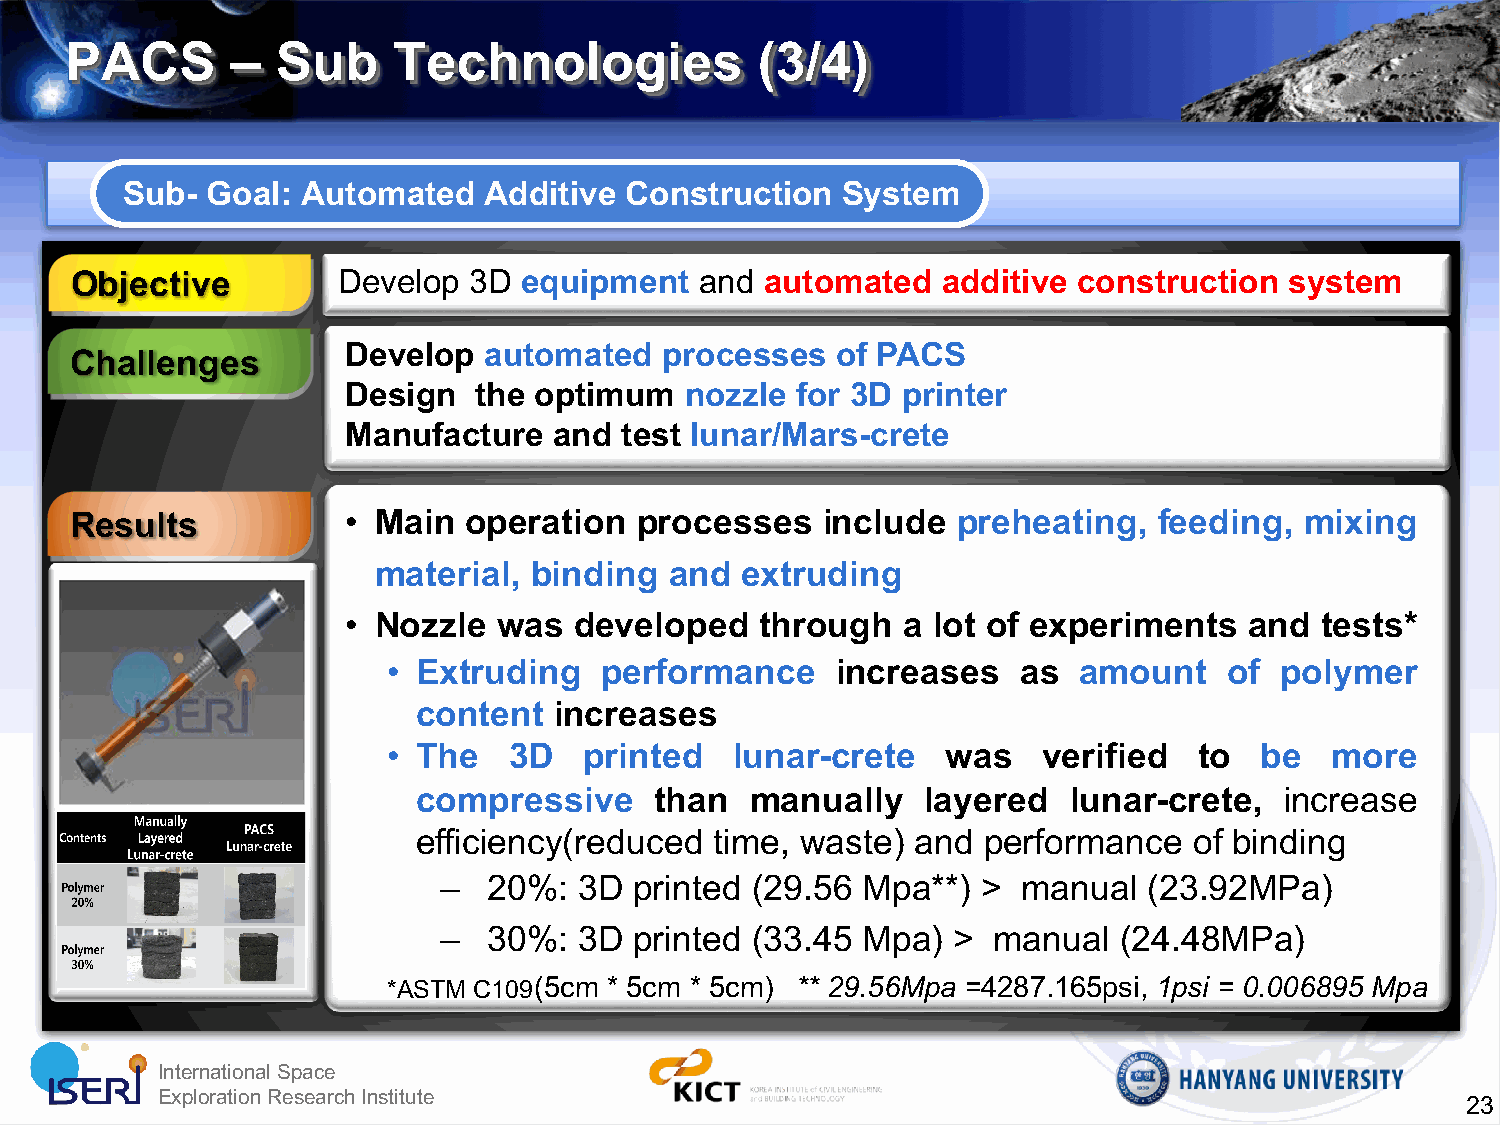
PACS       –  Sub     Technologies            (3/4)
 Sub-  Goal: Automated   Additive Construction   System
 Objective        Develop  3D equipment   and  automated  additive construction  system
 Develop  automated   processes  of PACS
 Challenges
 Design  the optimum   nozzle  for 3D printer
 Manufacture   and test lunar/Mars-crete
 Results           • Main  operation  processes   include  preheating,   feeding, mixing
 material, binding  and  extruding
 • Nozzle  was  developed   through   a lot of experiments   and tests*
 • Extruding   performance    increases    as amount    of  polymer
 content  increases
 • The   3D   printed   lunar-crete   was   verified  to  be   more
 compressive    than   manually   layered   lunar-crete,  increase
 efficiency(reduced time, waste)  and performance   of binding
 –  20%:  3D  printed (29.56 Mpa**)  >  manual  (23.92MPa)
 –  30%:  3D  printed (33.45 Mpa)  >  manual  (24.48MPa)
 *ASTM C109(5cm * 5cm * 5cm) ** 29.56Mpa =4287.165psi, 1psi = 0.006895 Mpa
 IInntteerrnnaattiioonnaall SSppaaccee
 EExxpplloorraattiioonn RReesseeaarrcchh IInnssttiittuuttee
 23